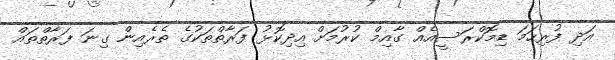
އަދި ފުރިހަމަ ޑިމޮކްރަސީއެއް ގާއިމް ކުރުމަށް އިދިކޮޅު ފަރާތްތަކުގެ ތެރެއިން ގިނަ ފަރާތްތައް